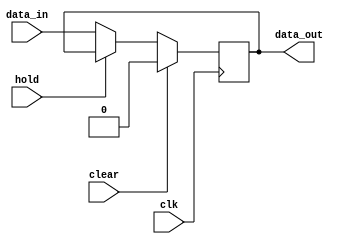
module Register(
    input clk,
    input clear,
    input hold,
    input data_in,
    output data_out
    );
    // λ the number of bits
    parameter N = 1;
    
    wire [N-1:0] data_in;
    reg [N-1:0] data_out;
    
    always @(posedge clk) begin
        if(clear)
            data_out <= {N{1'b0}};
        else if (hold)
            data_out <= data_out;
        else
            data_out <= data_in;
    end
    
endmodule